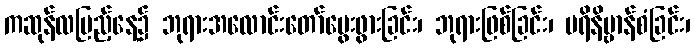
ကဆုန်လပြည့်နေ့၌ ဘုရားအလောင်းတော်မွေးဖွားခြင်း၊ ဘုရားဖြစ်ခြင်း၊ ပရိနိဗ္ဗာန်စံခြင်း၊